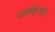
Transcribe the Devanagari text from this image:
प्रायश्चित्तानि